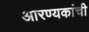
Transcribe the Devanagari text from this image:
आरण्यकांची